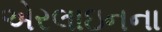
એરલાઇનના